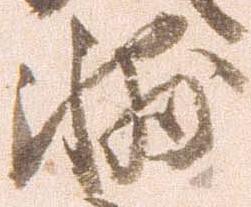
輔